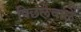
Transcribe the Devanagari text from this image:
पिछलेवाले